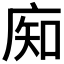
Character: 𰏺